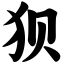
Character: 狈